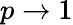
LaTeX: p\to 1